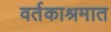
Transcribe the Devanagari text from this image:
वर्तकाश्रमात